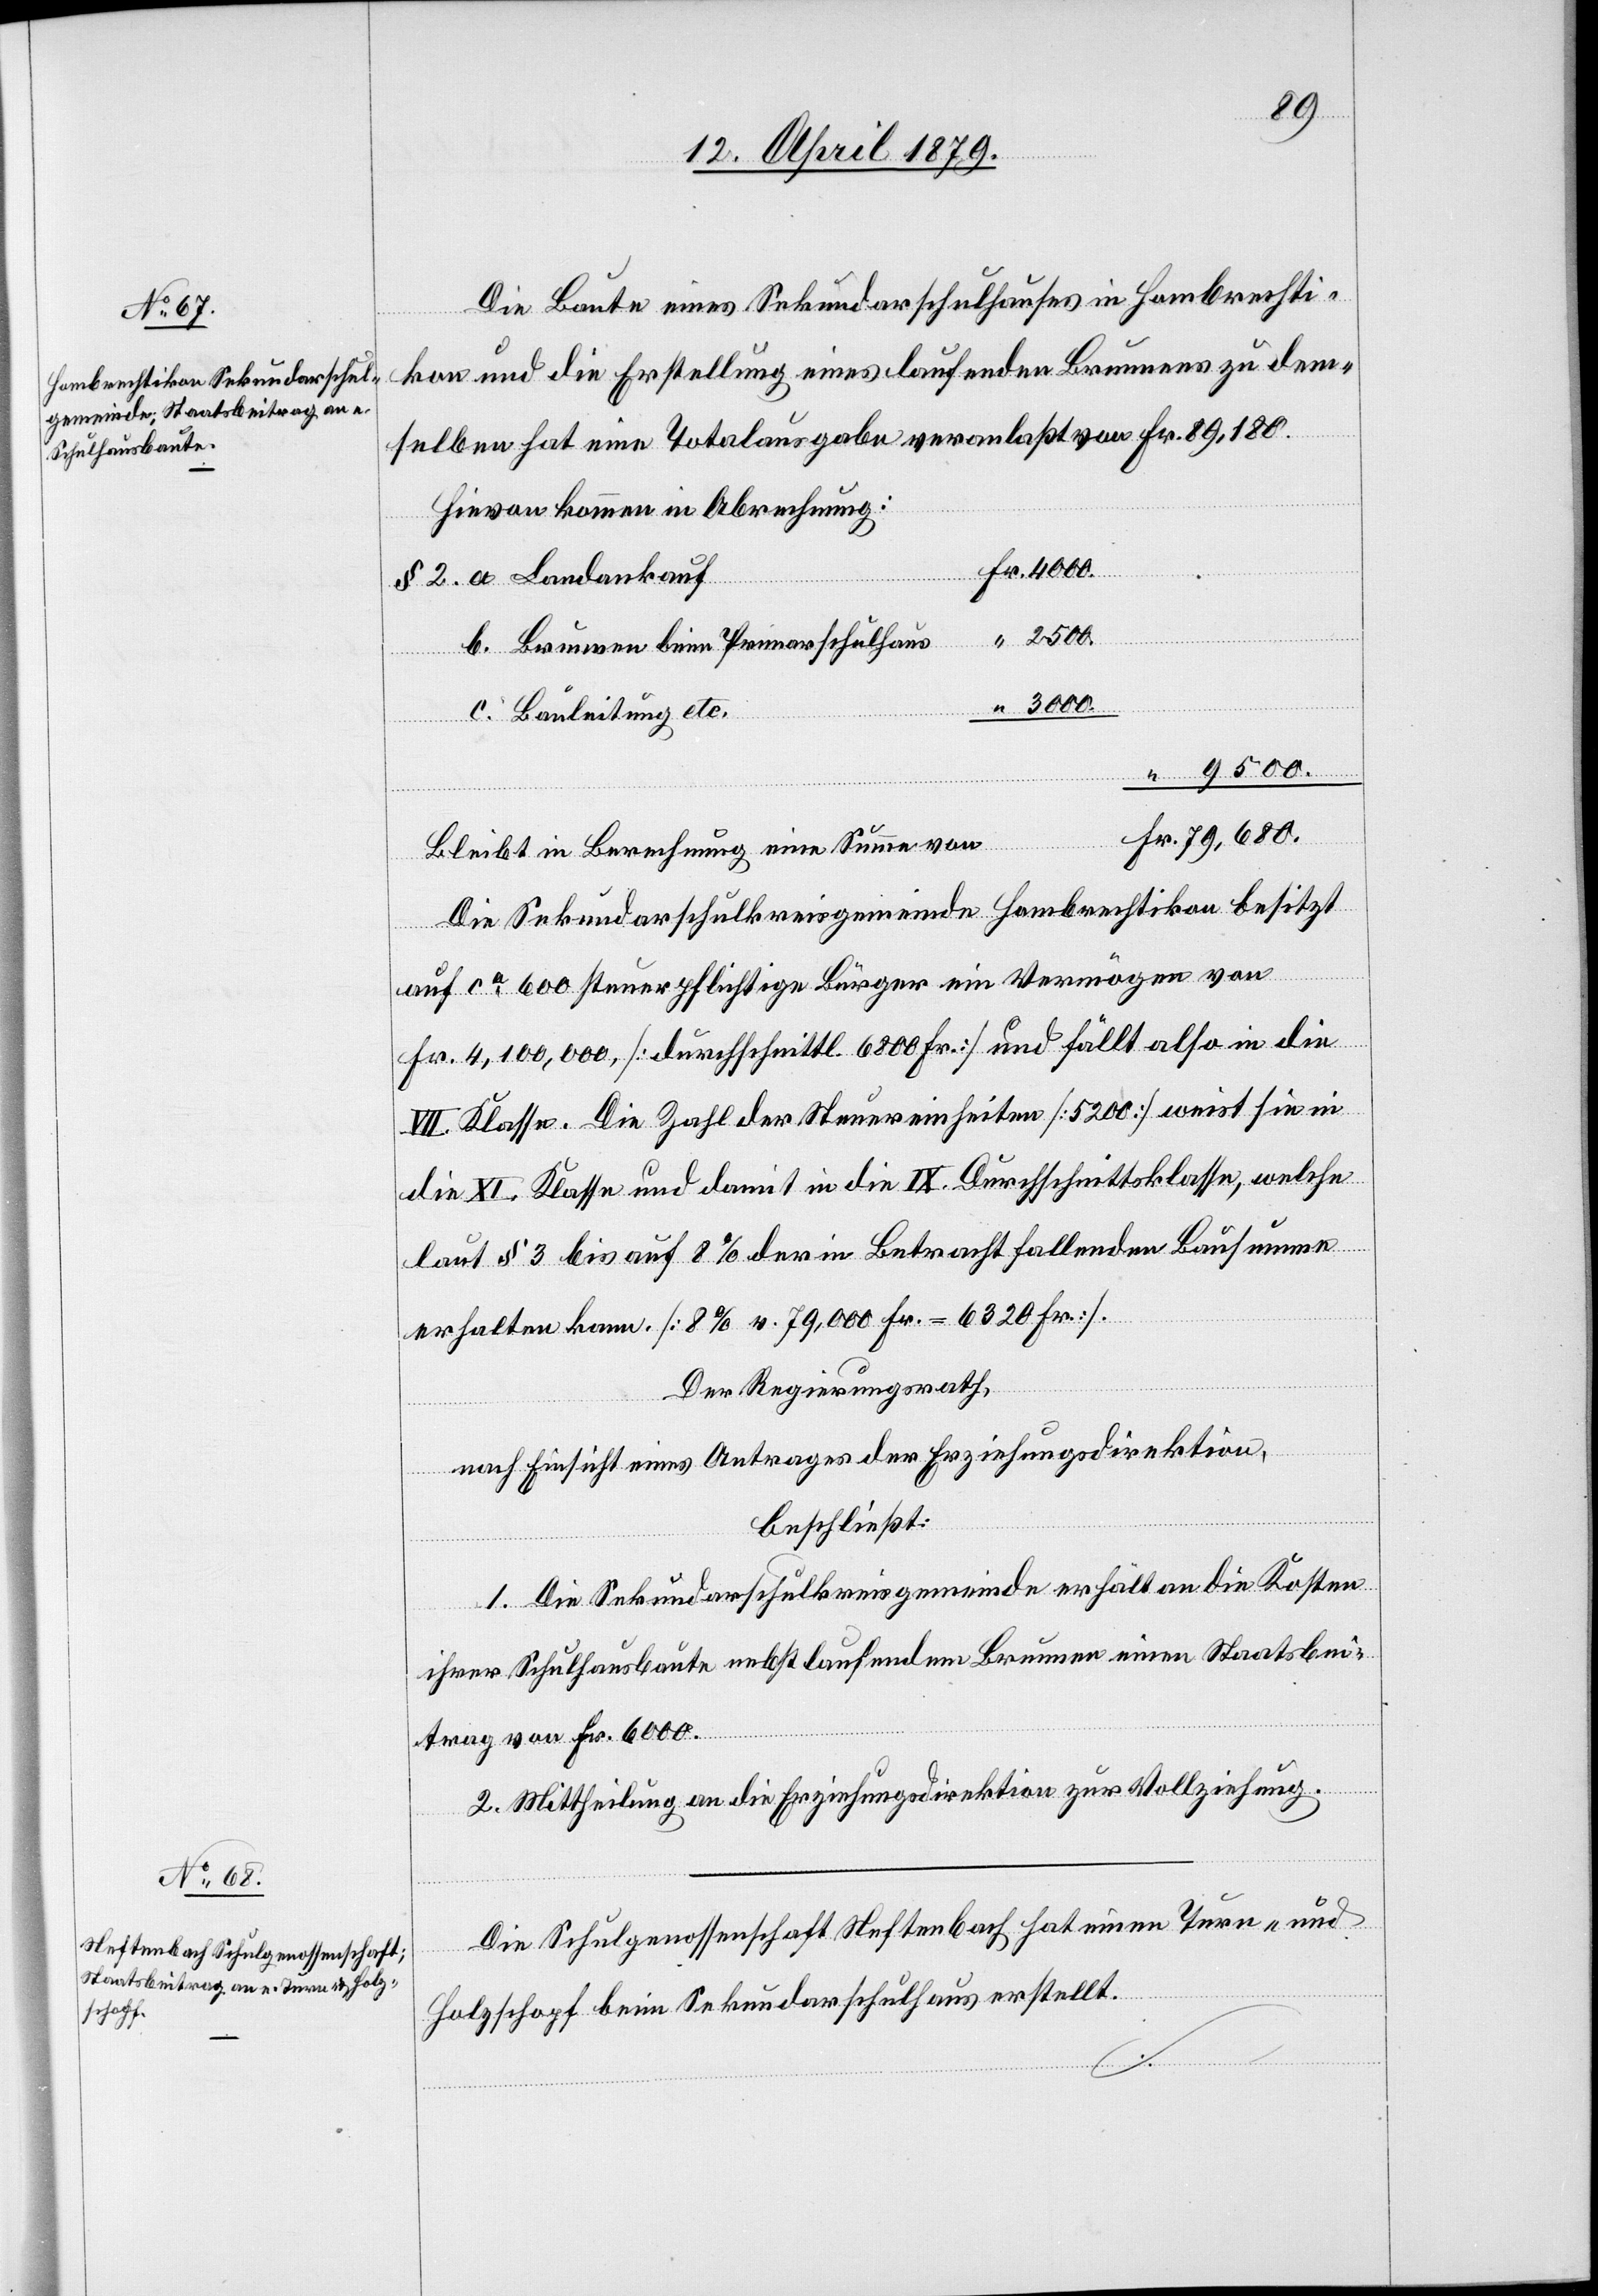
Die Baute eines Sekundarschulhauses in Hombrechti¬
kon und die Erstellung eines laufenden Brunnens zu dem¬
Hievon kommen in Abrechnung:
§ 2. a. Landankauf
2500.
b. Brunnen beim Primarschulhaus
von
c. Bauleitung etc.
79,680.
sgabe
Bleibt in Berechnung eine Summe von
Die Sekundarschulkreisgemeinde Hombrechtikon besitzt
Fr.
auf ca 600 steuerpflichtige Bürger ein Vermögen von
Fr. 4,100,000 [durchschnittl. 6800 Fr.] und fällt also in die
VII. Klasse. Die Zahl der Steuereinheiten [5200] weist sie in
die XI. Klasse und damit in die IX. Durchschnittsklasse, welche
laut § 3 bis auf 8% der in Betracht fallenden Bausumme
erhalten kann. [8% v. 79,000 Fr. = 6320 Fr.].
Der Regierungsrath,
nach Einsicht eines Antrages der Erziehungsdirektion,
beschließt:
1. Die Sekundarschulkreisgemeinde erhält an die Kosten
ihrer Schulhausbaute nebst laufendem Brunnen einen Staatsbei¬
trag von Fr. 6000.
2. Mittheilung an die Erziehungsdirektion zur Vollziehung.
Die Schulgenossenschaft Neftenbach hat einen Turn- und
Holzschopf beim Sekundarschulhaus erstellt.